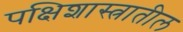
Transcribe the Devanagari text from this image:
पक्षिशास्त्रातील